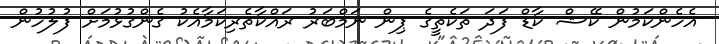
އެހެންކަމުން ކޭޝް ކާޑް ފަދަ ތަކެތީގެ ޕިން ނަމްބަރު ރައްކާތެރިކަމާއެކު ގެންގުޅުމަށް ފުލުހުން